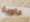
حاوية